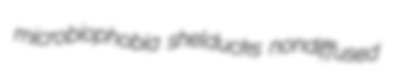
microbiophobia shelducks nondiffused